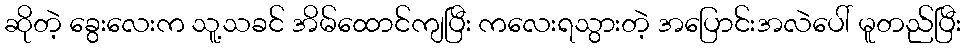
ဆိုတဲ့ ခွေးလေးက သူ့သခင် အိမ်ထောင်ကျပြီး ကလေးရသွားတဲ့ အပြောင်းအလဲပေါ် မူတည်ပြီး